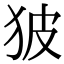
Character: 狓